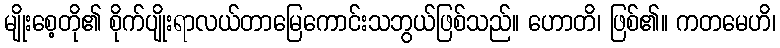
မျိုးစေ့တို၏ စိုက်ပျိုးရာလယ်တာမြေကောင်းသဘွယ်ဖြစ်သည်။ ဟောတိ၊ ဖြစ်၏။ ကတမေဟိ၊